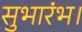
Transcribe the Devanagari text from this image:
सुभारंभ।